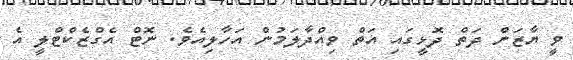
ވީ ޔާޒަން ދަތް ދޮޅީގައި އަތް ވިއްދާލަމުން އަހާލިއެވެ. ނޮޓް އެގްޒެކްޓްލީ އެ